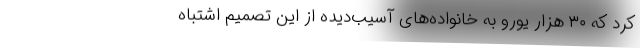
کرد که ۳۰ هزار یورو به خانواده‌های آسیب‌دیده از این تصمیم اشتباه